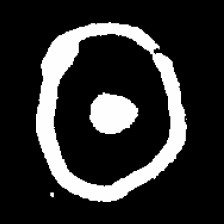
Pyu character \u2014 Myanmar letter: ထ (romanized: tha)